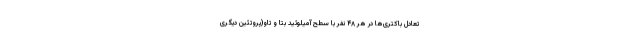
تعادل باکتری‌ها در هر ۴۸ نفر با سطح آمیلوئید بتا و تاو(پروتئین دیگری